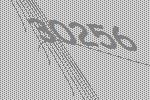
30256